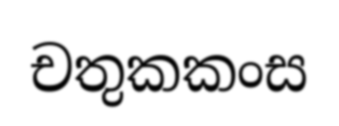
චතුකකංස